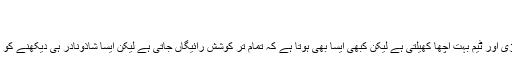
انوکھا واقعہ، 9 کھلاڑی صفر پر آؤٹ
از فہد کیہر	 بوقت 7 جون 2015
کرکٹ سمیت ہر کھیل میں کوئی دن ایسا ہوتا ہے جس میں کھلاڑی اور ٹیم بہت اچھا کھیلتی ہے لیکن کبھی ایسا بھی ہوتا ہے کہ تمام تر کوشش رائیگاں جاتی ہے لیکن ایسا شاذونادر ہی دیکھنے کو ملتا ہے کہ کوئی ٹیم اتنا برا کھیلے کہ عبرت کی مثال بن جائے۔